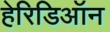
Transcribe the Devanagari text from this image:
हेरिडिऑन